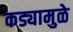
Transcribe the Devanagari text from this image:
कड्यामुळे